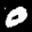
Label: 0